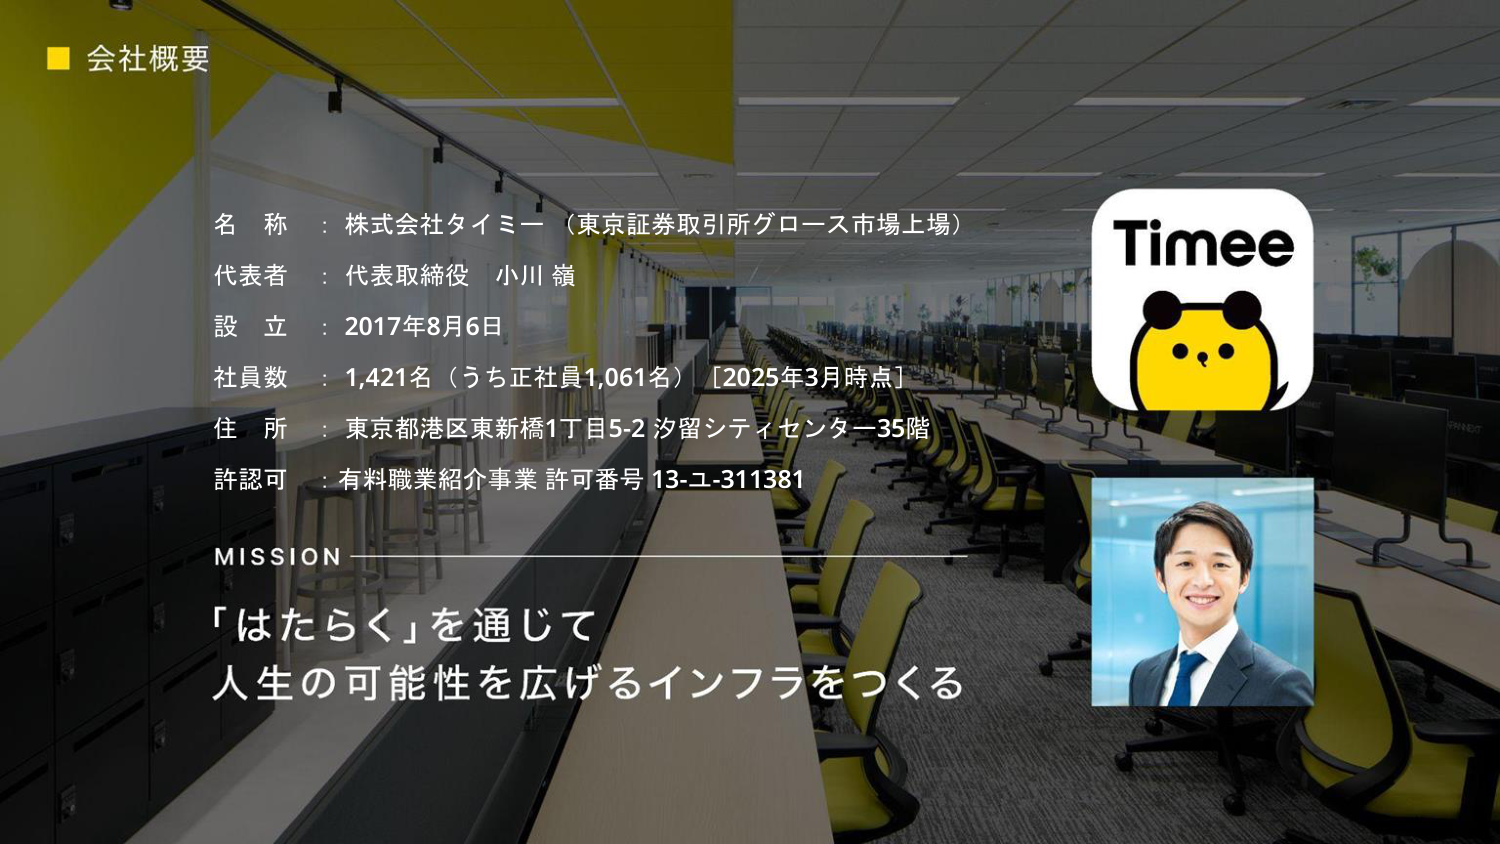
■ 会社概要

名 称 ： 株式会社タイミー（東京証券取引所グロース市場上場）
代表者 ： 代表取締役 小川 嶺
設 立 ： 2017年8月6日
社員数 ： 1,421名（うち正社員1,061名）［2025年3月時点］
住 所 ： 東京都港区東新橋1丁目5-2 汐留シティセンター35階
許認可 ： 有料職業紹介事業 許可番号 13-ユ-311381

MISSION
「はたらく」を通じて
人生の可能性を広げるインフラをつくる

Timee